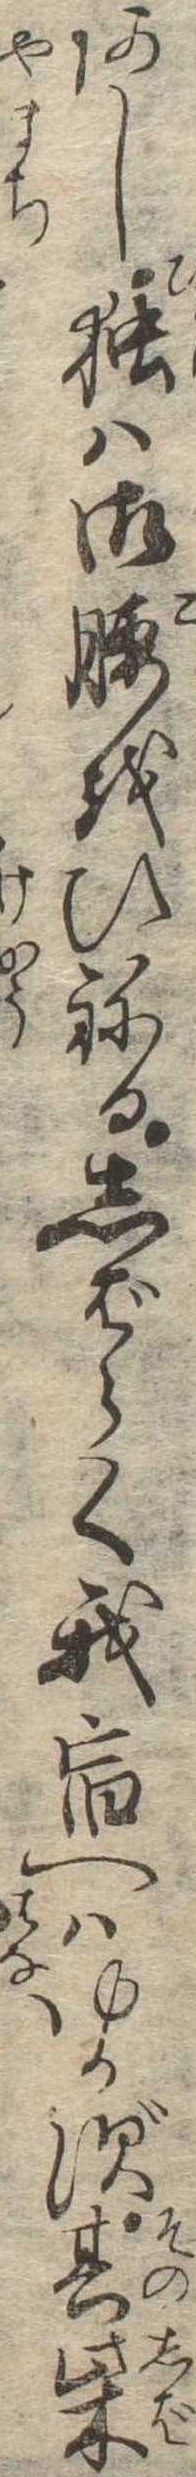
あし独は御腰をひねるしばらく我宿へはゆかず其柴